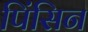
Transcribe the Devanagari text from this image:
पिंसिन